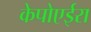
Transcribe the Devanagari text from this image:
केपोएईरा